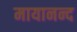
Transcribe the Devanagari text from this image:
मायानन्द